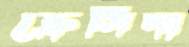
ক্রেসিদা